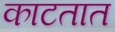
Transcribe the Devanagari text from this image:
काटतात